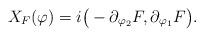
LaTeX: \begin{align*}X_F(\varphi)=i\big(-\partial_{\varphi_2}F,\partial_{\varphi_1}F\big).\end{align*}